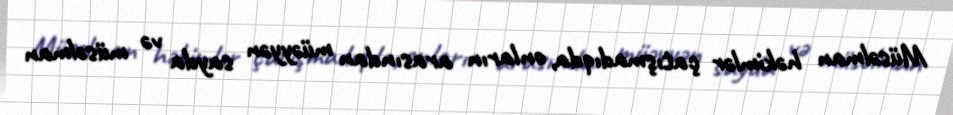
Müsəlman həkimlər çatışmadıqda, onların arasından müəyyən sayda və müsəlman